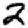
Digit: 2